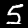
Label: 5